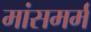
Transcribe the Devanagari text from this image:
मांसमर्म